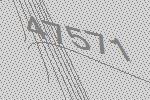
47571